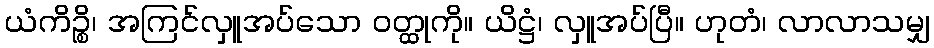
ယံကိဉ္စိ၊ အကြင်လှူအပ်သော ဝတ္ထုကို။ ယိဋ္ဌံ၊ လှူအပ်ပြီ။ ဟုတံ၊ လာလာသမျှ